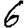
Digit: 6